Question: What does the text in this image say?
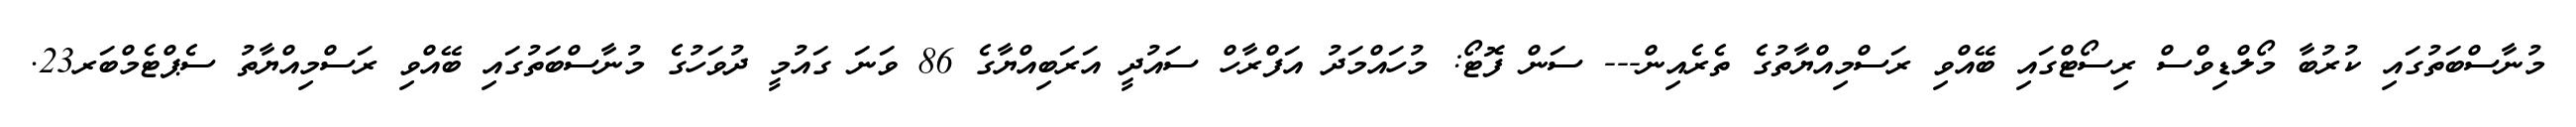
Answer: މުނާސްބަތުގައި ކުރުބާ މޯލްޑިވްސް ރިސޯޓްގައި ބޭއްވި ރަސްމިއްޔާތުގެ ތެރެއިން--- ސަން ފޮޓޯ: މުހައްމަދު އަފްރާހް ސައުދީ އަރަބިއްޔާގެ 86 ވަނަ ގައުމީ ދުވަހުގެ މުނާސްބަތުގައި ބޭއްވި ރަސްމިއްޔާތު ސެޕްޓެމްބަރ23.